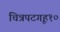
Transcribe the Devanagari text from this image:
चित्रपटगृह१०